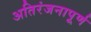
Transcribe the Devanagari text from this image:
अतिरंजनापूर्ण